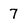
Character: 7